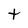
Character: t